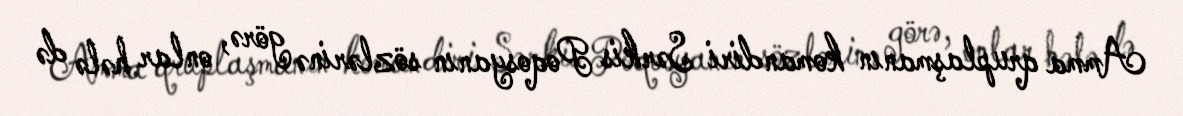
Amma qruplaşmanın komandiri Sərkis Poqosyanın sözlərinə görə, onlar hələ də